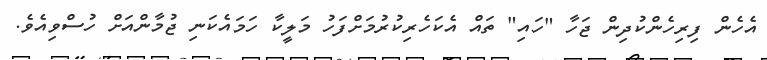
އެހެން ފިރިހެންކުދިން ޖަހާ "ހައި" ތައް އެކަހެރިކުރުމަށްފަހު މަލީކާ ހަމައެކަނި ޖުމާންއަށް ހުސްވިއެވެ.